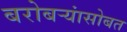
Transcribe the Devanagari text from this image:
बरोबर्‍यांसोबत